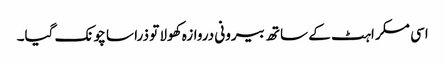
اسی مسکراہٹ کے ساتھ بیرونی دروازہ کھولا تو ذرا سا چونک گیا۔